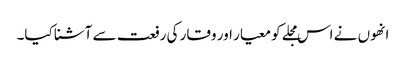
انھوں نے اس مجلے کو معیار اور وقار کی رفعت سے آشنا کیا۔